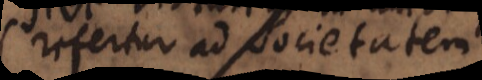
neque ad societatem